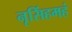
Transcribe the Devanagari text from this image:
नृसिंहमहं